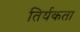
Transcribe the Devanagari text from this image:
तिर्यकता